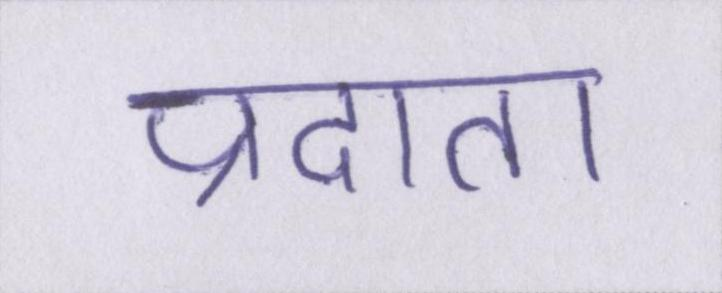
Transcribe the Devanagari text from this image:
प्रदाता